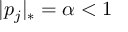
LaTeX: | p _ { j } | _ { * } = \alpha < 1